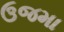
ઉજમા